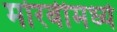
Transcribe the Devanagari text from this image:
मोरबीमध्ये